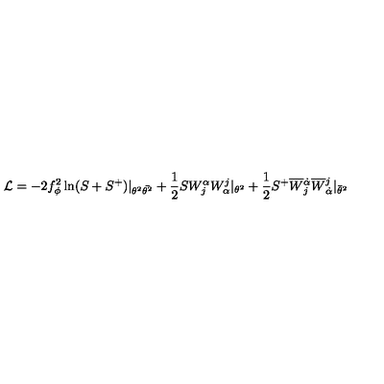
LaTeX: { \cal L } = - 2 f _ { \phi } ^ { 2 } \ln ( S + S ^ { + } ) | _ { \theta ^ { 2 } \bar { \theta ^ { 2 } } } + \frac { 1 } { 2 } S W _ { j } ^ { \alpha } W _ { \alpha } ^ { j } | _ { \theta ^ { 2 } } + \frac { 1 } { 2 } S ^ { + } \overline { { W } } { } _ { j } ^ { \dot { \alpha } } \overline { { W } } { } _ { \dot { \alpha } } ^ { j } | _ { \bar { \theta } ^ { 2 } }